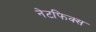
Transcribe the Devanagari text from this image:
नेटफिक्स